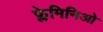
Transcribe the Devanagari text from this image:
फ्लेमिनिओ